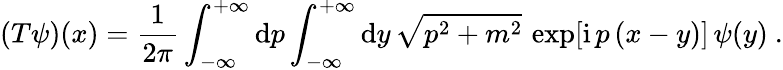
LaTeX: (T\psi)(x)=\frac{1}{2\pi}\int_{-\infty}^{+\infty}\mathrm{d}p\int_{-\infty}^{+\infty}\mathrm{d}y\, \sqrt{p^{2}+m^{2}}\, \exp[\mathrm{i}\, p\, (x-y)]\, \psi(y)\ .